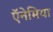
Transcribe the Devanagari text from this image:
ऍनेमिया